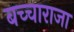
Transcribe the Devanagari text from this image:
बच्‍चाराजा